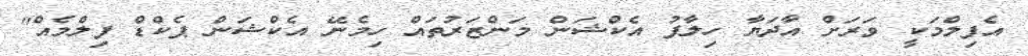
އެފިލްމަކީ ވަރަށް އާދަޔާ ހިލާފު އެކްޝަން މަންޒަރުތައް ހިމެނޭ އެކްޝަން ޕެކްޑް ފިލްމެއް''